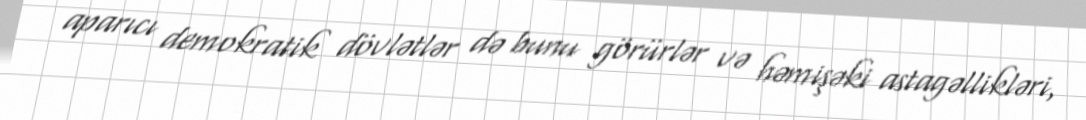
aparıcı demokratik dövlətlər də bunu görürlər və həmişəki astagəllikləri,